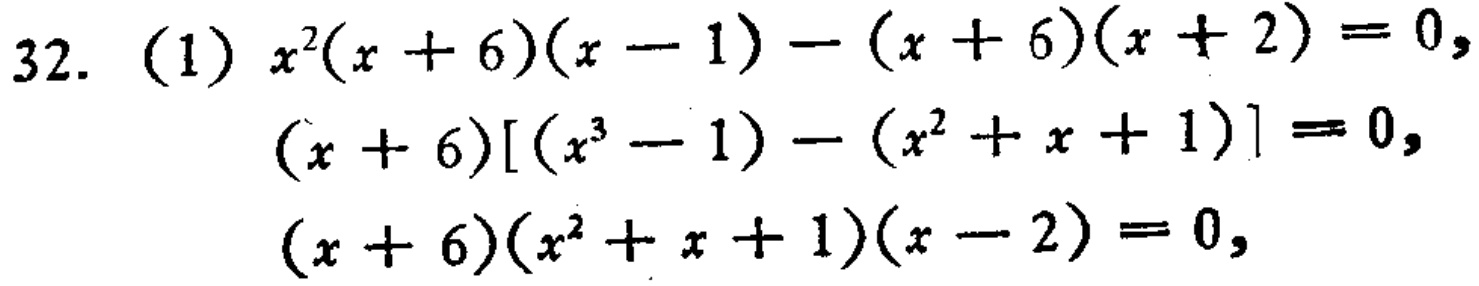
\[
\begin{align*}
32.\ (1)\ &x^{2}(x + 6)(x - 1)-(x + 6)(x + 2)=0,\\
&(x + 6)[(x^{3}-1)-(x^{2}+x + 1)] = 0,\\
&(x + 6)(x^{2}+x + 1)(x - 2)=0,
\end{align*}
\]